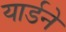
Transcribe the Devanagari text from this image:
यार्डने